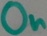
Text: On